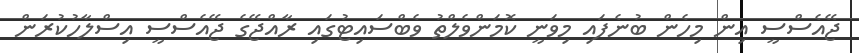
ޖޭއެސްސީ އިން މިހެން ބުނެފައި މިވަނީ ކޮމަންވެލްތު ވެބްސައިޓުގައި ރާއްޖޭގެ ޖޭއެސްސީ އިސްލާހުކުރަން